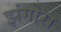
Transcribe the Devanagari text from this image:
झंगोरा